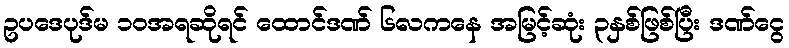
ဥပဒေပုဒ်မ ၁၀အရဆိုရင် ထောင်ဒဏ် ၆လကနေ အမြင့်ဆုံး ၃နှစ်ဖြစ်ပြီး ဒဏ်ငွေ